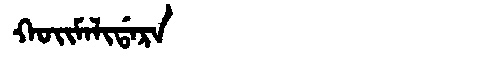
Manchu: ᡴᠣᡳᠮᠠᠯᡳᡩᠠᡵᠠ
Romanization: KOIMALIDARA